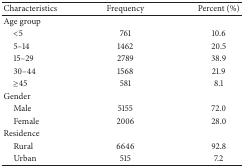
<table><thead><tr><td><b>Characteristics </b></td><td><b>Frequency</b></td><td><b>Percent (%)</b></td></tr></thead><tbody><tr><td>Age group</td><td> </td><td> </td></tr><tr><td> &lt;5</td><td>761</td><td>10.6</td></tr><tr><td> 5–14</td><td>1462</td><td>20.5</td></tr><tr><td> 15–29</td><td>2789</td><td>38.9</td></tr><tr><td> 30–44</td><td>1568</td><td>21.9</td></tr><tr><td> ≥45</td><td>581</td><td>8.1 </td></tr><tr><td>Gender </td><td> </td><td> </td></tr><tr><td> Male </td><td>5155</td><td>72.0</td></tr><tr><td> Female </td><td>2006</td><td>28.0</td></tr><tr><td>Residence </td><td> </td><td> </td></tr><tr><td> Rural</td><td>6646</td><td>92.8</td></tr><tr><td> Urban</td><td>515</td><td>7.2</td></tr></tbody></table>